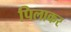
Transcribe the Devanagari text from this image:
पिलाकर